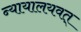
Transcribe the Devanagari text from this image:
न्यायालयवत्